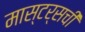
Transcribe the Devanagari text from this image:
मास्टर्सची